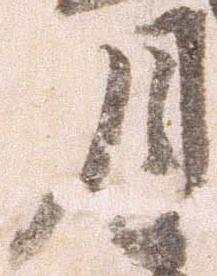
月